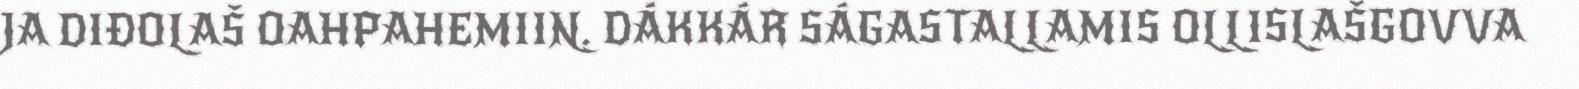
JA DIĐOLAŠ OAHPAHEMIIN. DÁKKÁR SÁGASTALLAMIS OLLISLAŠGOVVA